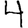
Digit: 4